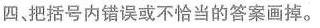
四 、把括号内错误或不恰当的答案画掉.。